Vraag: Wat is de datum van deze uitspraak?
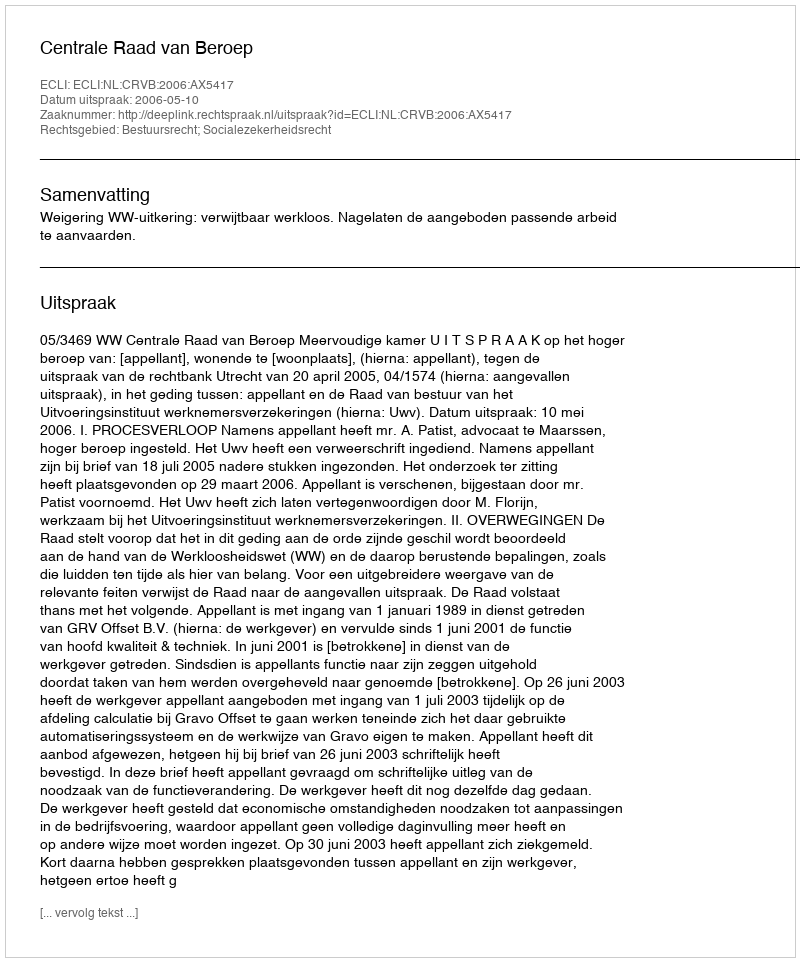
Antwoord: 2006-05-10